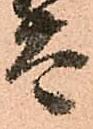
太